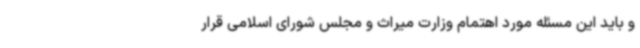
و باید این مسئله مورد اهتمام وزارت میراث و مجلس شورای اسلامی قرار